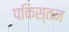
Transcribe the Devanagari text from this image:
पकिस्तन